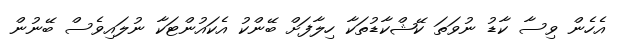
އެހެން ވިސާ ކާޑު ނުވަތަ ކޭޝްކާޑުތަކާ ހިލާފަށް ބޭންކު އެކައުންޓަކާ ނުލައިވެސް ބޭނުން